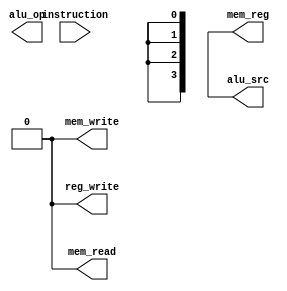
module control(input wire [31:0] instruction,
               output reg reg_write,
               output reg alu_src,
               output reg [3:0] alu_op,
               output reg  mem_read,
               output reg  mem_write,
               output reg mem_reg);
  parameter R_TYPE=0110011;
  
  always@(*) begin
    reg_write = 1'b0;
    mem_write = 1'b0;
    mem_read = 1'b0;
    alu_src =1'bx;
    alu_op =1'bx;
    mem_reg = 1'bx;
    
    case(instruction[6:0])
      R_TYPE:begin
        reg_write=1'b1;
        alu_src=1'b0;
      	mem_reg=1'b0;
        case({instruction[31:25],instruction[14:12]})
        	10'b0000000_000: alu_op=4'b0000;
          	default:alu_op = 4'bxxxx;
        endcase
      end
      default: alu_op = 4'bxxxx;
        
    endcase
    
  end
  
endmodule